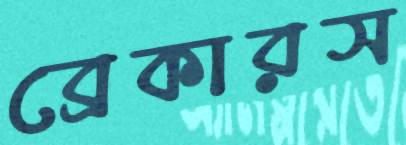
ব্রেকারস